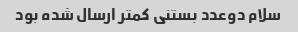
سلام دوعدد بستنی کمتر ارسال شده بود